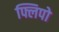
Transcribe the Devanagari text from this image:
फ्लिपो